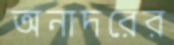
অনাদরের